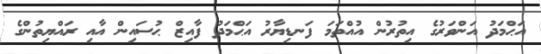
އަޙްމަދު އަންވަރުގެ އިތުރުން އުއްތަމަ ފަނޑިޔާރު އަޙްމަދު ފާއިޒް ޙުސައިން އާއި ރައްޔިތުންގެ